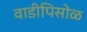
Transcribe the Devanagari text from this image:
वाडीपिसोळ